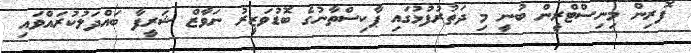
ފޮރިން މިނިސްޓްރީން ބުނީ މި ދަތުރުފުޅުގައި ޕާކިސްތާނުގެ ބޮޑުވަޒީރު ނަވާޒް ޝަރީފާ ބައްދަލުކުރައްވައި